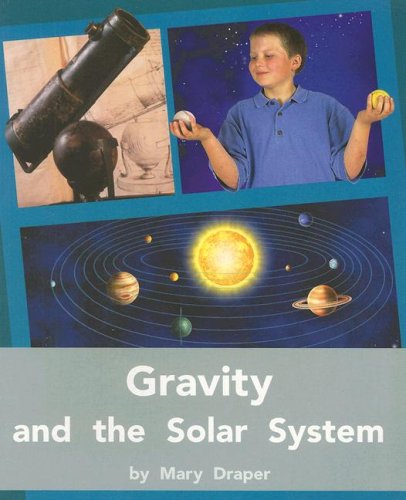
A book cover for Rigby PM Plus: Individual Student Edition Silver (Levels 23-24) Gravity and the Solar System; RIGBY; Science & Math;